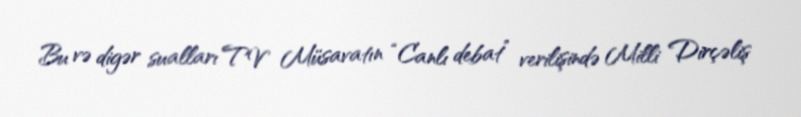
Bu və digər sualları TV Müsavatın “Canlı debat” verilişində Milli Dirçəliş